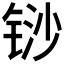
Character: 𰾈